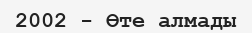
2002 - Өте алмады